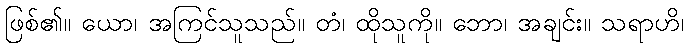
ဖြစ်၏။ ယော၊ အကြင်သူသည်။ တံ၊ ထိုသူကို။ ဘော၊ အချင်း။ သရာဟိ၊